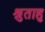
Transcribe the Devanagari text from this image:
श्रुताहु